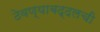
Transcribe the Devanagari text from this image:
ठेवण्याबद्दलची